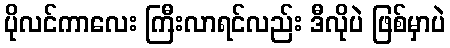
ပိုလင်ကာလေး ကြီးလာရင်လည်း ဒီလိုပဲ ဖြစ်မှာပဲ